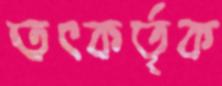
তৎকর্তৃক